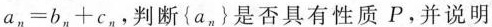
$$a_{n}=b_{n}+c_{n}$$，判断{a_{n}}是否具有性质P，并说明